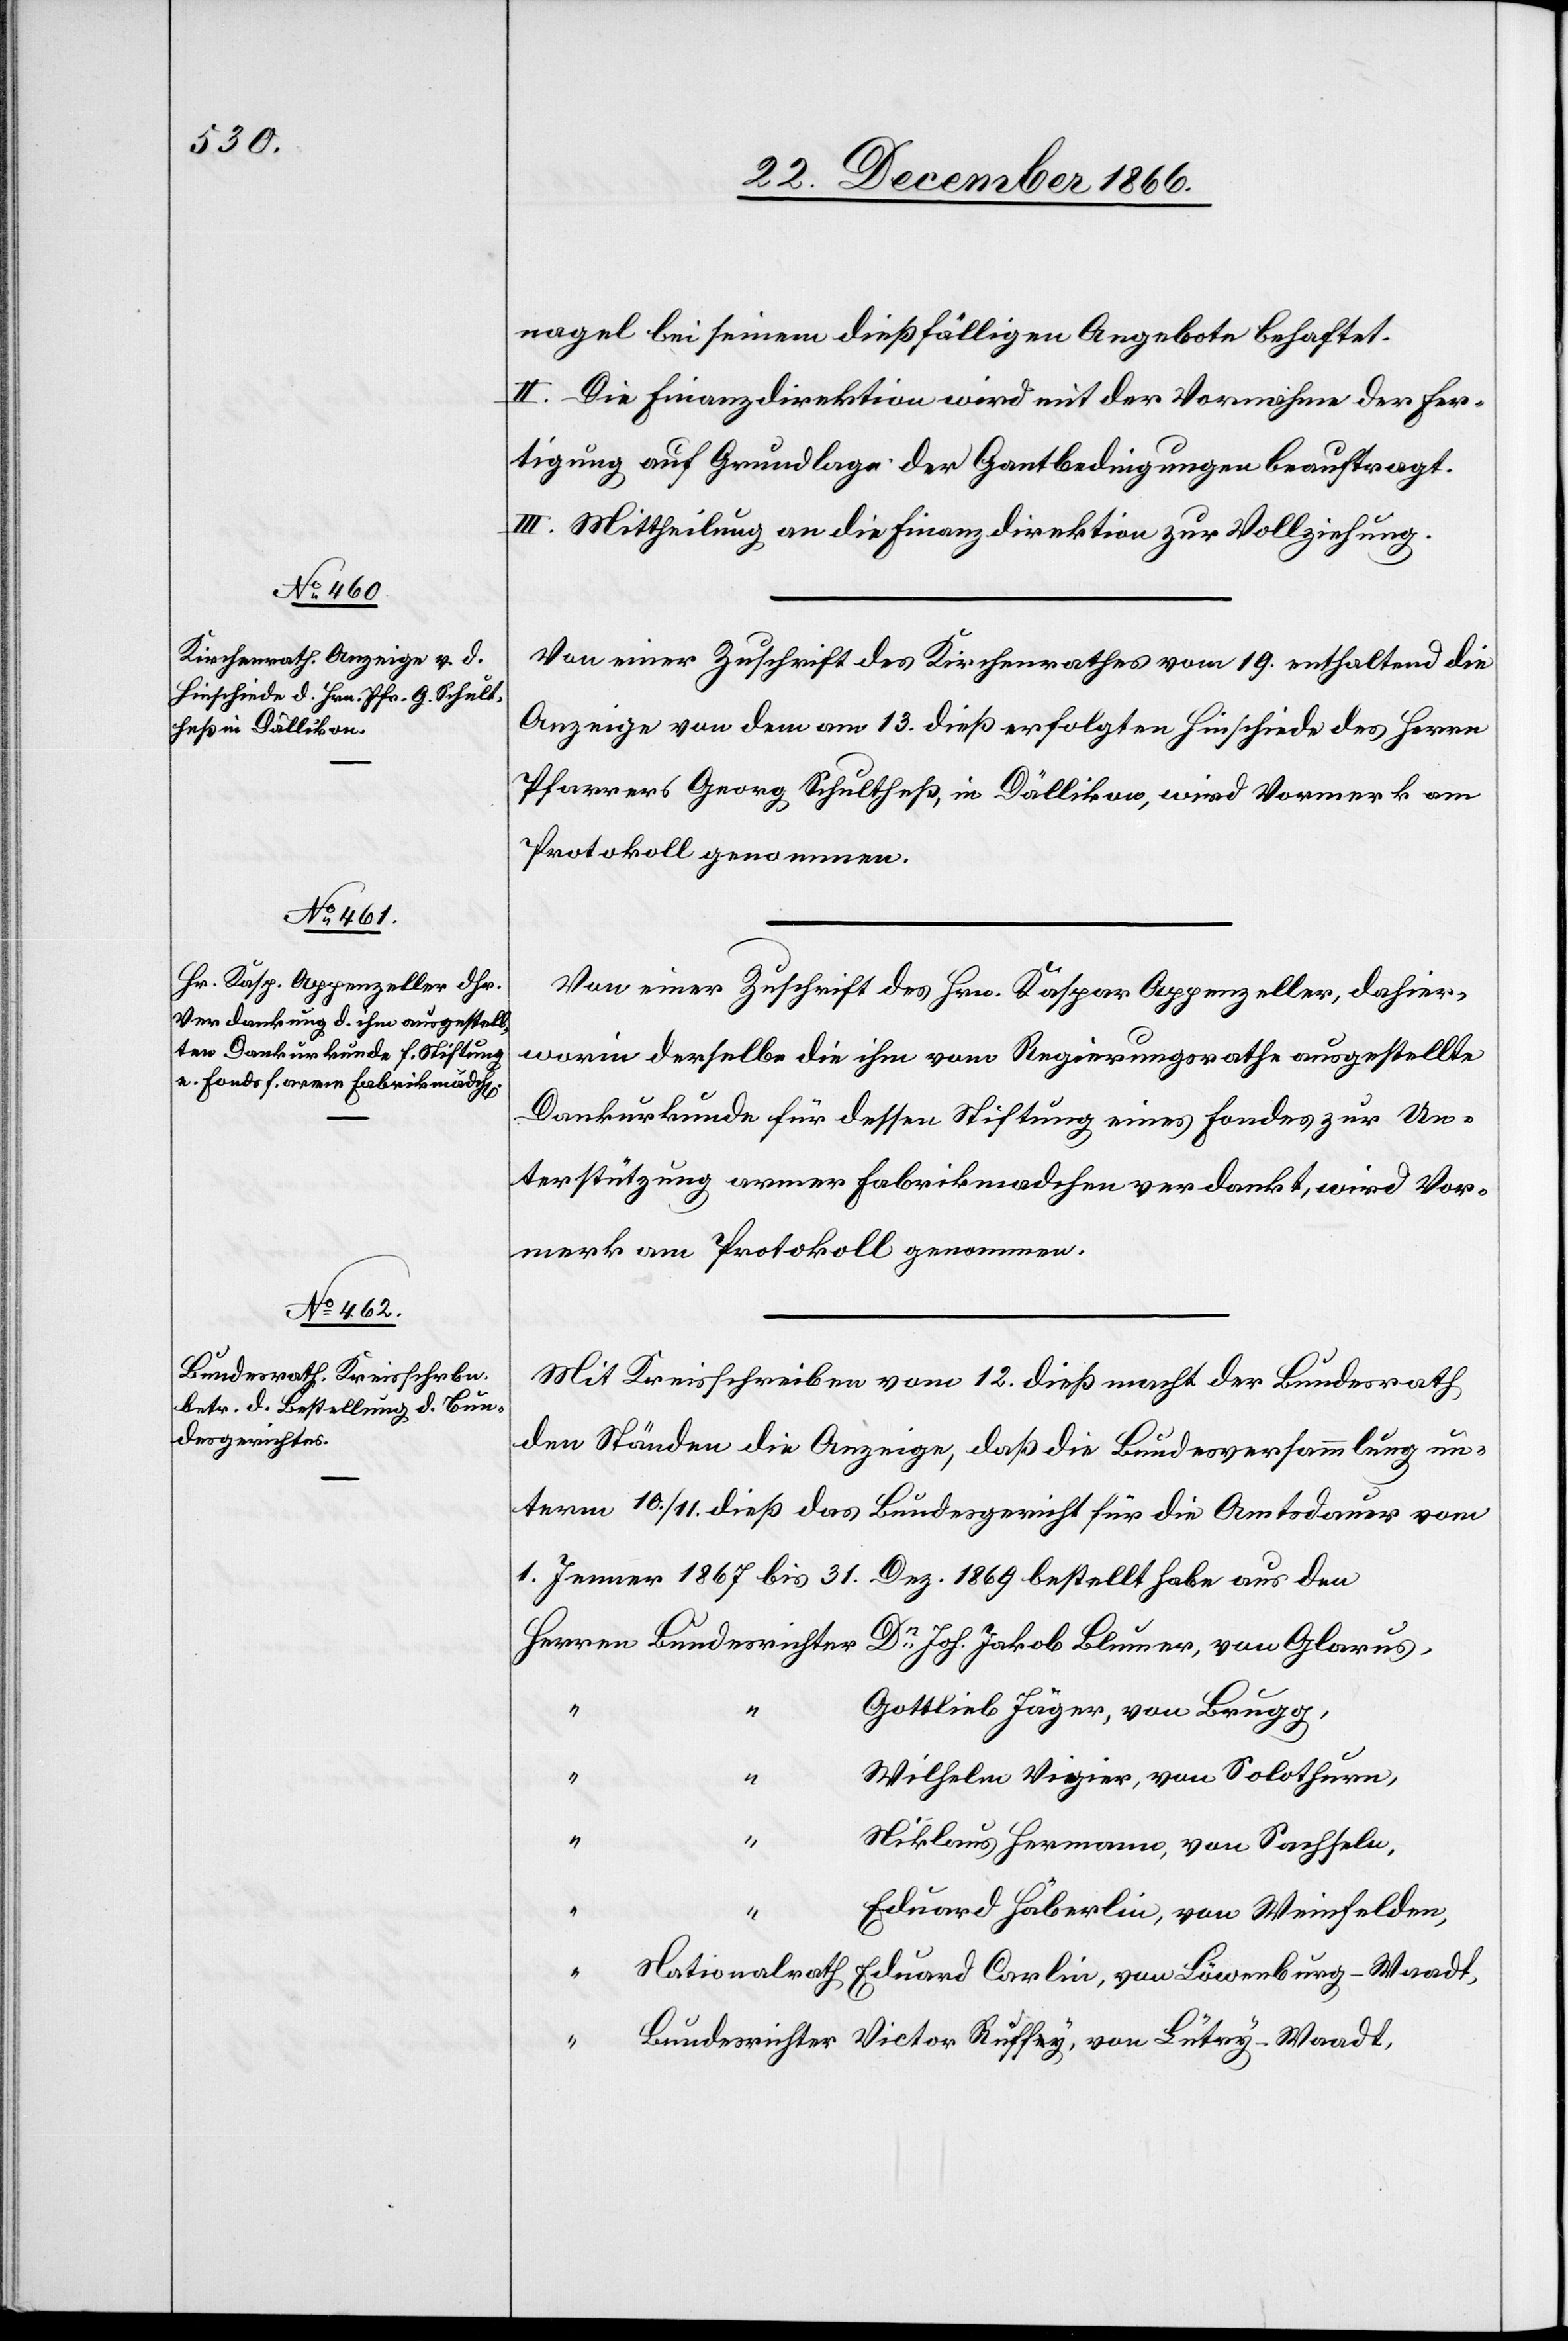
nagel bei seinem dießfälligen Angebote behaftet.
II. Die Finanzdirektion wird mit der Vornahme der Fer¬
tigung auf Grundlage der Gantbedingungen beauftragt.
III. Mittheilung an die Finanzdirektion zur Vollziehung.
Von einer Zuschrift des Kirchenrathes vom 19. enthaltend die
Anzeige von dem am 13. dieß erfolgten Hinschiede des Herrn
Pfarrers Georg Schultheß, in Dällikon, wird Vormerk am
Protokoll genommen.
Von einer Zuschrift des Hrn. Kaspar Appenzeller, dahier,
worin derselbe die ihm vom Regierungsrathe ausgestellte
Dankurkunde für dessen Stiftung eines Fondes zur Un¬
terstützung armer Fabrikmädchen verdankt, wird Vor¬
merk am Protokoll genommen.
Mit Kreisschreiben vom 12. dieß macht der Bundesrath
den Ständen die Anzeige, daß die Bundesversammlung un¬
term 10./11. dieß das Bundesgericht für die Amtsdauer vom
1. Jenner 1867 bis 31. Dez 1869 bestellt habe, aus den
Gottlieb Jäger, von Brugg,
Wilhelm Vigier, von Solothurn,
“
Niklaus Hermann, von Sachseln,
Eduard Häberlin, von Weinfelden,